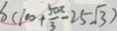
S ( 1 0 0 + \frac { 5 0 x } { 3 } - 2 5 \sqrt { 3 } )